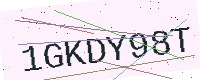
Text: 1GKDY98T